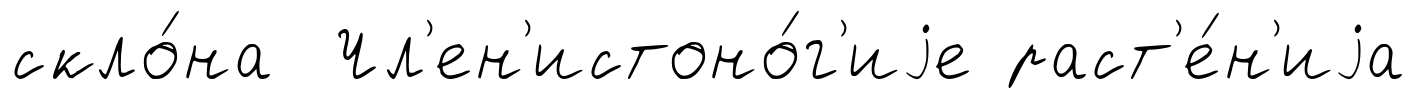
скло́на Чл'ен'истоно́г'иjе раст'е́н'иjа